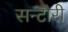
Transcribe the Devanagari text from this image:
सन्टौरी